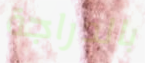
بالدراجة